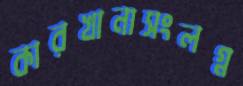
কারখানাসংলগ্ন